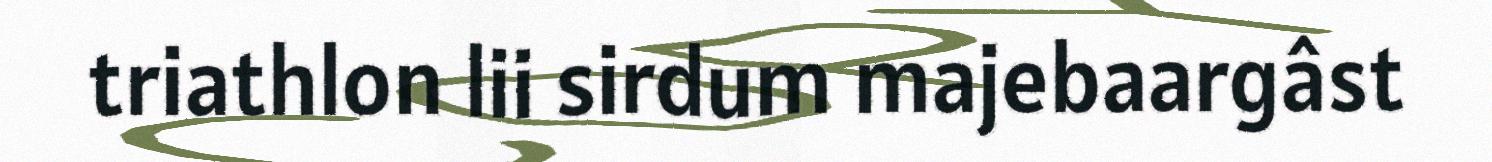
triathlon lii sirdum majebaargâst